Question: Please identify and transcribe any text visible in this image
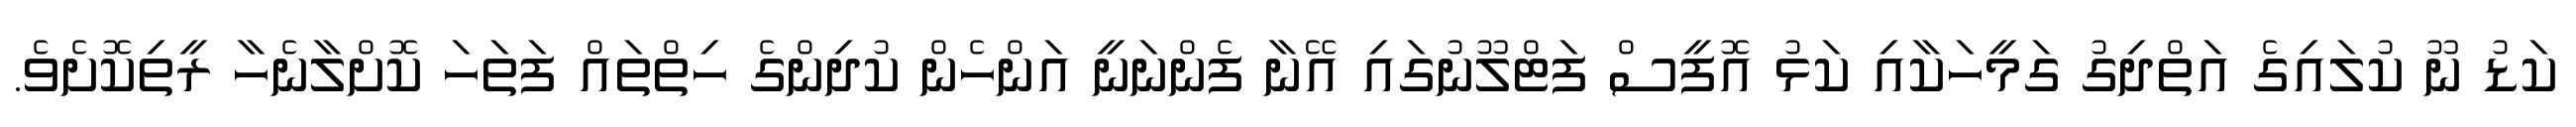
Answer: ކަޑު ނޫ ކުލައިގެ އަތްދިގު ގަމީހަކާއި ކަޅު އޮފީސް ފަޓްލޫނުގައި އޭނާ ފެންނަނީ އަންހެން ކުދިންގެ ހިތްތައް ފަތަހަ ކޮށްލާނެހާ ރީތިކޮށެވެ.